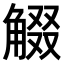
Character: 𧣸